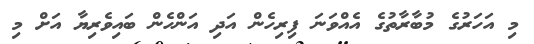
މި އަހަރުގެ މުބާރާތުގެ އެއްވަނަ ފިރިހެން އަދި އަންހެން ބައިވެރިޔާ އަށް މި